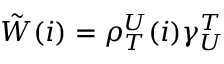
\begin{array} { r } { \tilde { W } ( i ) = \rho _ { T } ^ { U } ( i ) \gamma _ { U } ^ { T } } \end{array}